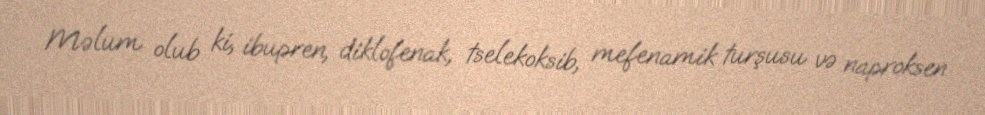
Məlum olub ki, ibupren, diklofenak, tselekoksib, mefenamik turşusu və naproksen